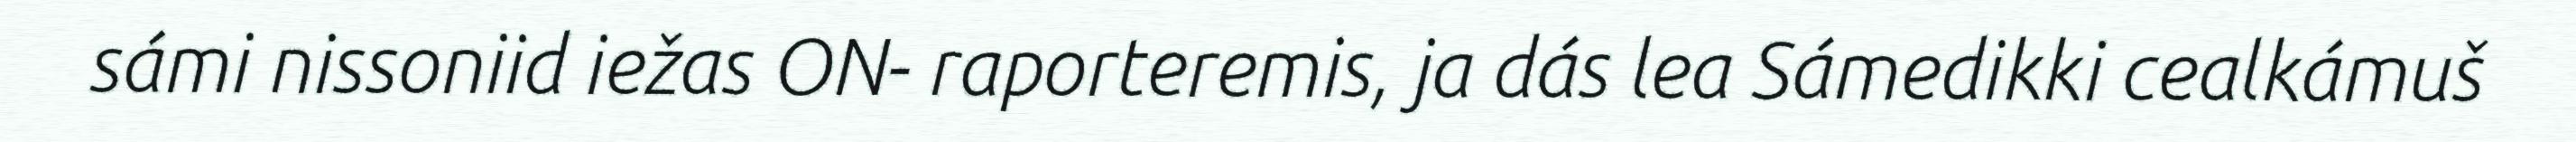
sámi nissoniid iežas ON- raporteremis, ja dás lea Sámedikki cealkámuš